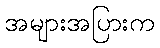
အများအပြားက